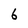
Character: 6